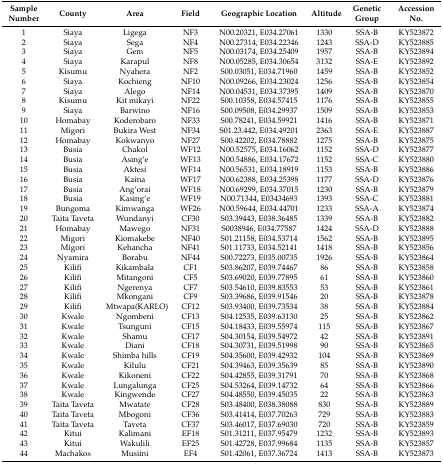
<table><thead><tr><td><b>Sample Number</b></td><td><b>County</b></td><td><b>Area</b></td><td><b>Field</b></td><td><b>Geographic Location</b></td><td><b>Altitude</b></td><td><b>Genetic Group</b></td><td><b>Accession No.</b></td></tr></thead><tbody><tr><td>1</td><td>Siaya </td><td>Ligega</td><td>NF3</td><td>N00.20321, E034.27061</td><td>1330</td><td>SSA-B</td><td>KY523872</td></tr><tr><td>2</td><td>Siaya </td><td>Sega</td><td>NF4</td><td>N00.27314, E034.22346</td><td>1243</td><td>SSA-D</td><td>KY523885</td></tr><tr><td>3</td><td>Siaya</td><td>Gem</td><td>NF5</td><td>N00.03174, E034.25409</td><td>1957</td><td>SSA-B</td><td>KY523894</td></tr><tr><td>4</td><td>Siaya</td><td>Karapul</td><td>NF8</td><td>N00.05285, E034.30654</td><td>3132</td><td>SSA-E</td><td>KY523892</td></tr><tr><td>5</td><td>Kisumu</td><td>Nyahera</td><td>NF2</td><td>S00.03051, E034.71960</td><td>1459</td><td>SSA-B </td><td>KY523852</td></tr><tr><td>6</td><td>Siaya</td><td>Kochieng</td><td>NF10</td><td>N00.09266, E034.23024</td><td>1256</td><td>SSA-B</td><td>KY523854</td></tr><tr><td>7</td><td>Siaya</td><td>Alego</td><td>NF14</td><td>N00.04531, E034.37395</td><td>1409</td><td>SSA-B</td><td>KY523870</td></tr><tr><td>8</td><td>Kisumu</td><td>Kit mikayi</td><td>NF22</td><td>S00.10358, E034.57415</td><td>1176</td><td>SSA-B </td><td>KY523855</td></tr><tr><td>9</td><td>Siaya</td><td>Barwino</td><td>NF16</td><td>S00.09508, E034.29937</td><td>1509</td><td>SSA-B</td><td>KY523853</td></tr><tr><td>10</td><td>Homabay</td><td>Koderobaro</td><td>NF33</td><td>S00.78241, E034.59921</td><td>1416</td><td>SSA-B</td><td>KY523871</td></tr><tr><td>11</td><td>Migori</td><td>Bukira West</td><td>NF34</td><td>S01.23.442, E034.49201</td><td>2363</td><td>SSA-E</td><td>KY523887</td></tr><tr><td>12</td><td>Homabay</td><td>Kokwanyo</td><td>NF27</td><td>S00.42202, E034.78882</td><td>1275</td><td>SSA-B</td><td>KY523875</td></tr><tr><td>13</td><td>Busia</td><td>Chakol</td><td>WF12</td><td>N00.52575, E034.16062</td><td>1152</td><td>SSA-D</td><td>KY523877</td></tr><tr><td>14</td><td>Busia</td><td>Asing’e</td><td>WF13</td><td>N00.54886, E034.17672</td><td>1152</td><td>SSA-C</td><td>KY523880</td></tr><tr><td>15</td><td>Busia</td><td>Aktesi</td><td>WF14</td><td>N00.56531, E034.18919</td><td>1153</td><td>SSA-B</td><td>KY523886</td></tr><tr><td>16</td><td>Busia</td><td>Kaina</td><td>WF17</td><td>N00.62388, E034.25398</td><td>1177</td><td>SSA-D</td><td>KY523876</td></tr><tr><td>17</td><td>Busia</td><td>Ang’orai</td><td>WF18</td><td>N00.69299, E034.37015</td><td>1230</td><td>SSA-B</td><td>KY523879</td></tr><tr><td>18</td><td>Busia</td><td>Kasing’e</td><td>WF19</td><td>N00.71344, E03434693</td><td>1393</td><td>SSA-C</td><td>KY523881</td></tr><tr><td>19</td><td>Bungoma</td><td>Kimwanga</td><td>WF26</td><td>N00.59644, E034.44701</td><td>1233</td><td>SSA-A</td><td>KY523874</td></tr><tr><td>20</td><td>Taita Taveta</td><td>Wundanyi</td><td>CF30</td><td>S03.39443, E038.36485</td><td>1339</td><td>SSA-B</td><td>KY523882</td></tr><tr><td>21</td><td>Homabay</td><td>Mawego</td><td>NF31</td><td>S0038946, E034.77587</td><td>1424</td><td>SSA-D</td><td>KY523888</td></tr><tr><td>22</td><td>Migori</td><td>Kiomakebe</td><td>NF40</td><td>S01.21158, E034.53714</td><td>1562</td><td>SSA-B</td><td>KY523895</td></tr><tr><td>23</td><td>Migori</td><td>Kehancha</td><td>NF41</td><td>S01.11733, E034.52141</td><td>1418</td><td>SSA-B</td><td>KY523856</td></tr><tr><td>24</td><td>Nyamira</td><td>Borabu</td><td>NF44</td><td>S00.72273, E035.00735</td><td>1926</td><td>SSA-B</td><td>KY523864</td></tr><tr><td>25</td><td>Kilifi</td><td>Kikambala</td><td>CF1</td><td>S03.86207, E039.74467</td><td>86</td><td>SSA-B</td><td>KY523858</td></tr><tr><td>26</td><td>Kilifi</td><td>Mitangoni</td><td>CF5</td><td>S03.69020, E039.77895</td><td>61</td><td>SSA-B</td><td>KY523860</td></tr><tr><td>27</td><td>Kilifi</td><td>Ngerenya</td><td>CF7</td><td>S03.54610, E039.83553</td><td>53</td><td>SSA-B</td><td>KY523861</td></tr><tr><td>28</td><td>Kilifi</td><td>Mkongani</td><td>CF9</td><td>S03.39686, E039.91546</td><td>20</td><td>SSA-B</td><td>KY523878</td></tr><tr><td>29</td><td>Kilifi</td><td>Mtwapa(KARLO)</td><td>CF12</td><td>S03.93400, E039.73534</td><td>38</td><td>SSA-B</td><td>KY523884</td></tr><tr><td>30</td><td>Kwale</td><td>Ngombeni</td><td>CF13</td><td>S04.12535, E039.63130</td><td>25</td><td>SSA-B</td><td>KY523862</td></tr><tr><td>31</td><td>Kwale</td><td>Tsunguni</td><td>CF15</td><td>S04.18433, E039.55974</td><td>115</td><td>SSA-B</td><td>KY523867</td></tr><tr><td>32</td><td>Kwale</td><td>Shamu</td><td>CF17</td><td>S04.30154, E039.54972</td><td>42</td><td>SSA-B</td><td>KY523891</td></tr><tr><td>33</td><td>Kwale</td><td>Diani</td><td>CF18</td><td>S04.30731, E039.51998</td><td>90</td><td>SSA-B</td><td>KY523865</td></tr><tr><td>34</td><td>Kwale</td><td>Shimba hills</td><td>CF19</td><td>S04.35600, E039.42932</td><td>104</td><td>SSA-B</td><td>KY523869</td></tr><tr><td>35</td><td>Kwale</td><td>Kilulu</td><td>CF21</td><td>S04.39463, E039.35639</td><td>85</td><td>SSA-B</td><td>KY523890</td></tr><tr><td>36</td><td>Kwale</td><td>Kikoneni</td><td>CF22</td><td>S04.42855, E039.31791</td><td>70</td><td>SSA-B</td><td>KY523868</td></tr><tr><td>37</td><td>Kwale</td><td>Lungalunga</td><td>CF25</td><td>S04.53264, E039.14732</td><td>64</td><td>SSA-B</td><td>KY523866</td></tr><tr><td>38</td><td>Kwale</td><td>Kingwende</td><td>CF27</td><td>S04.48550, E039.45035</td><td>22</td><td>SSA-B</td><td>KY523863</td></tr><tr><td>39</td><td>Taita Taveta</td><td>Mwatate</td><td>CF28</td><td>S03.48400, E038.38088</td><td>830</td><td>SSA-B</td><td>KY523889</td></tr><tr><td>40</td><td>Taita Taveta</td><td>Mbogoni</td><td>CF36</td><td>S03.41414, E037.70263</td><td>729</td><td>SSA-B</td><td>KY523883</td></tr><tr><td>41</td><td>Taita Taveta</td><td>Taveta</td><td>CF37</td><td>S03.46017, E037.69030</td><td>720</td><td>SSA-B</td><td>KY523859</td></tr><tr><td>42</td><td>Kitui</td><td>Kalimani</td><td>EF18</td><td>S01.31211, E037.95479</td><td>1232</td><td>SSA-B</td><td>KY523893</td></tr><tr><td>43</td><td>Kitui</td><td>Wakulili</td><td>EF25</td><td>S01.42728, E037.99684</td><td>1135</td><td>SSA-B</td><td>KY523857</td></tr><tr><td>44</td><td>Machakos</td><td>Musiini</td><td>EF4</td><td>S01.42061, E037.36724</td><td>1413</td><td>SSA-B</td><td>KY523873</td></tr></tbody></table>